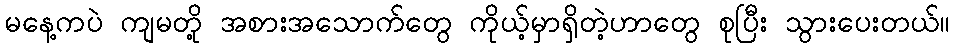
မနေ့ကပဲ ကျမတို့ အစားအသောက်တွေ ကိုယ့်မှာရှိတဲ့ဟာတွေ စုပြီး သွားပေးတယ်။